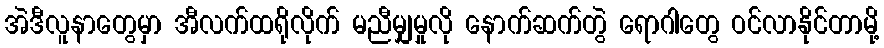
အဲဒီလူနာတွေမှာ အီလက်ထရိုလိုက် မညီမျှမှုလို နောက်ဆက်တွဲ ရောဂါတွေ ဝင်လာနိုင်တာမို့